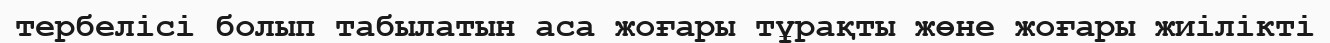
тербелісі болып табылатын аса жоғары тұрақты жөне жоғары жиілікті